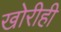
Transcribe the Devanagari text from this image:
खोरीही